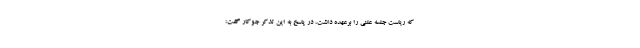
که ریاست جلسه علنی را برعهده داشت، در پاسخ به این تذکر جوکار گفت: